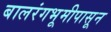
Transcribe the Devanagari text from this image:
बालरंगभूमीपासून